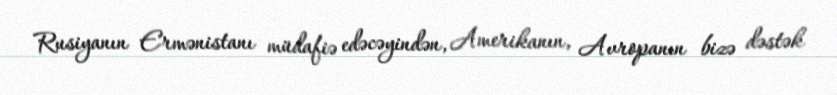
Rusiyanın Ermənistanı müdafiə edəcəyindən, Amerikanın, Avropanın bizə dəstək